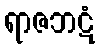
ရာဇဘဋံ